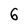
Character: 6